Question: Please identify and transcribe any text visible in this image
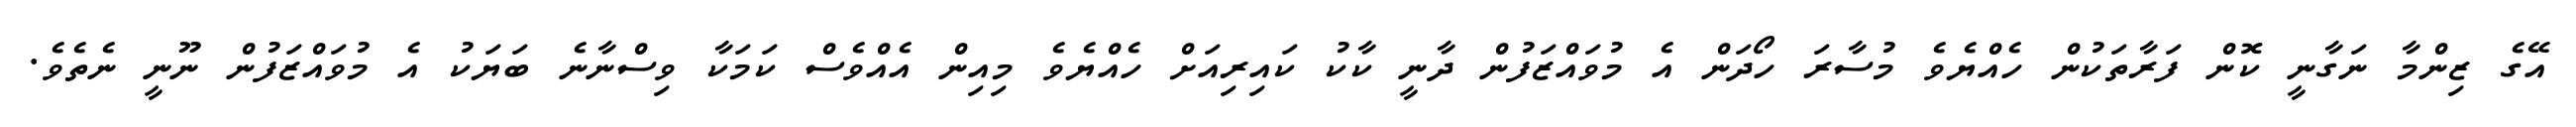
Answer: އޭގެ ޒިންމާ ނަގާނީ ކޮން ފަރާތަކުން ހެއްޔެވެ މުސާރަ ހޯދަން އެ މުވައްޒަފުން ދާނީ ކާކު ކައިރިއަށް ހެއްޔެވެ މިއިން އެއްވެސް ކަމަކާ ވިސްނާނެ ބަޔަކު އެ މުވައްޒަފުން ނޫނީ ނެތެވެ.